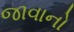
જાવાનો